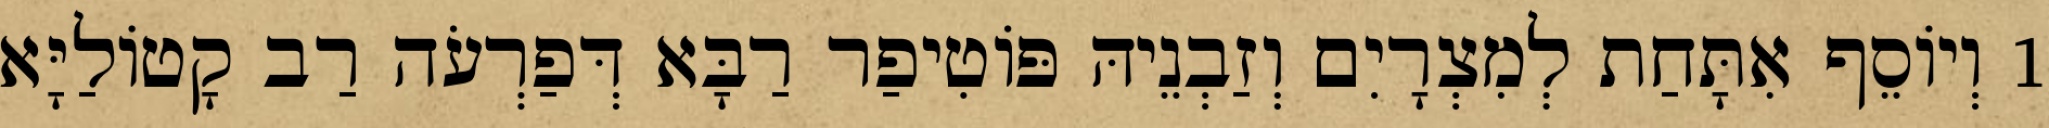
1 וְיוֹסֵף אִתָּחַת לְמִצְרָיִם וְזַבְנֵיהּ פּוֹטִיפַר רַבָּא דְּפַרְעֹה רַב קָטוֹלַיָּא